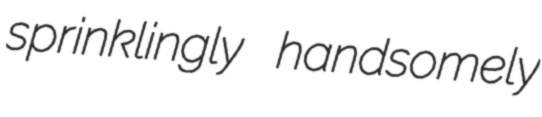
sprinklingly handsomely